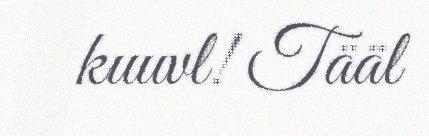
kuuvl! Tääl